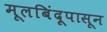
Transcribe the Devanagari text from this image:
मूलबिंदूपासून